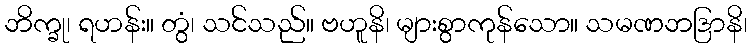
ဘိက္ခု၊ ရဟန်း။ တွံ၊ သင်သည်။ ဗဟူနိ၊ များစွာကုန်သော။ သမဏဘဒြာနိ၊